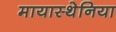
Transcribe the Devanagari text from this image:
मायास्थेनिया